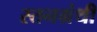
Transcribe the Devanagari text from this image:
स्तनग्रंथी